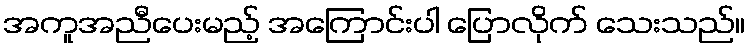
အကူအညီပေးမည့် အကြောင်းပါ ပြောလိုက် သေးသည်။